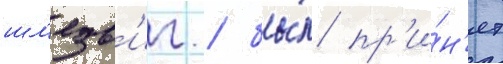
шл'езв'иг / бы́л пр'и́н'ят